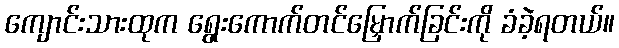
ကျောင်းသားထုက ရွေးကောက်တင်မြှောက်ခြင်းကို ခံခဲ့ရတယ်။